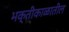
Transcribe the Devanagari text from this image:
भक्तीकाळातील